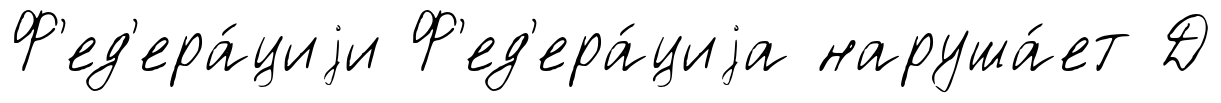
Ф'ед'ера́циjи Ф'ед'ера́циjа наруша́ет Д